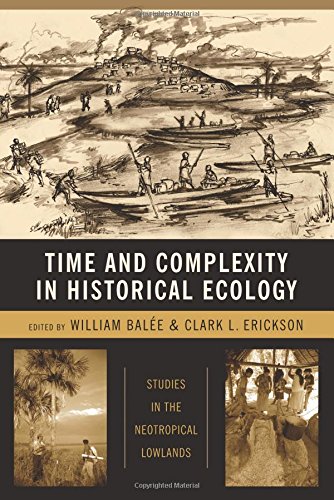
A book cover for Time and Complexity in Historical Ecology: Studies in the Neotropical Lowlands (Historical Ecology Series); William L. BalÃ©e; Science & Math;